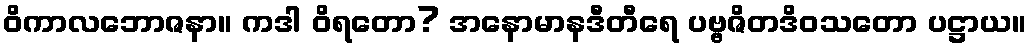
ဝိကာလဘောဇနာ။ ကဒါ ဝိရတော? အနောမာနဒီတီရေ ပဗ္ဗဇိတဒိဝသတော ပဋ္ဌာယ။